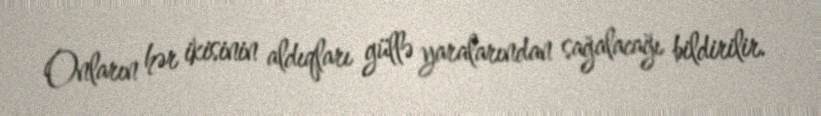
Onların hər ikisinin aldıqları güllə yaralarından sağalacağı bildirilir.